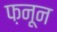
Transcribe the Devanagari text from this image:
फ़नून